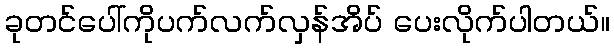
ခုတင်ပေါ်ကိုပက်လက်လှန်အိပ် ပေးလိုက်ပါတယ်။